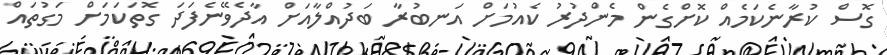
ގޮސް ކުރާނެކަމެއް ކޮށްގެން މެންދުރު ކެއުމަށް އަނބުރާ ބަދުއްލާއަށް އާދެވޭނެފަދަ ގޮތަކަމަށް މަގުތައް